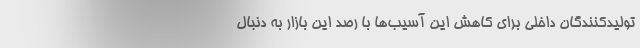
تولیدکنندگان داخلی برای کاهش این آسیب‌ها با رصد این بازار به دنبال